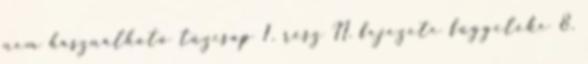
nem használható tûzcsap 1. rész II. fejezete függeléke 8.